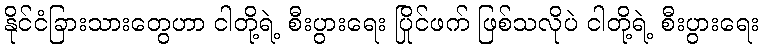
နိုင်ငံခြားသားတွေဟာ ငါတို့ရဲ့ စီးပွားရေး ပြိုင်ဖက် ဖြစ်သလိုပဲ ငါတို့ရဲ့ စီးပွားရေး